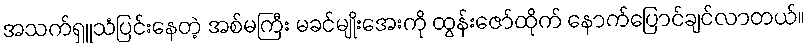
အသက်ရှူသံပြင်းနေတဲ့ အစ်မကြီး မခင်မျိုးအေးကို ထွန်းဇော်ထိုက် နောက်ပြောင်ချင်လာတယ်။